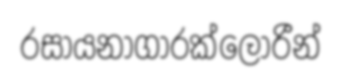
රසායනාගාරක්ලෝරීන්